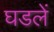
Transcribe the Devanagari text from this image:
घडलें